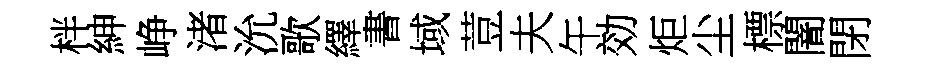
柈紳峥渚沇歌繹書域荳夫午効炬尘標闇閉